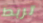
تربط